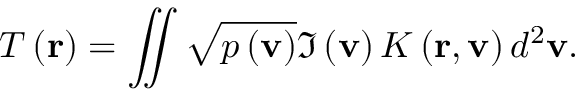
T \left( { \bf { r } } \right) = \iint { \sqrt { p \left( { \bf { v } } \right) } \Im \left( { \bf { v } } \right) K \left( { \bf { r } } , { \bf { v } } \right) { { d } ^ { 2 } } { \bf { v } } } .